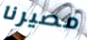
مصيرنا